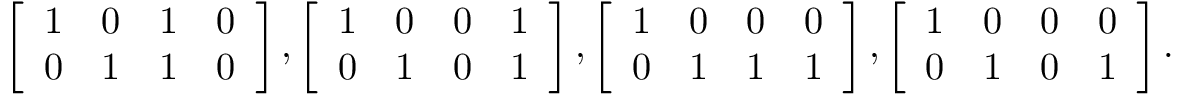
\left[ \begin{array} { c c c c } { 1 } & { 0 } & { 1 } & { 0 } \\ { 0 } & { 1 } & { 1 } & { 0 } \end{array} \right] , \left[ \begin{array} { c c c c } { 1 } & { 0 } & { 0 } & { 1 } \\ { 0 } & { 1 } & { 0 } & { 1 } \end{array} \right] , \left[ \begin{array} { c c c c } { 1 } & { 0 } & { 0 } & { 0 } \\ { 0 } & { 1 } & { 1 } & { 1 } \end{array} \right] , \left[ \begin{array} { c c c c } { 1 } & { 0 } & { 0 } & { 0 } \\ { 0 } & { 1 } & { 0 } & { 1 } \end{array} \right] .